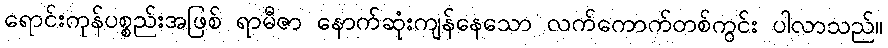
ရောင်းကုန်ပစ္စည်းအဖြစ် ရာမီဇာ နောက်ဆုံးကျန်နေသော လက်ကောက်တစ်ကွင်း ပါလာသည်။